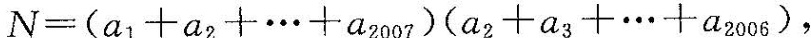
$$N=(a_{1}+a_{2}+\cdots+a_{2007})(a_{2}+a_{3}+\cdots十a_{2006})$$，